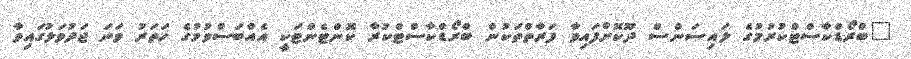
"ބްރޯޑްކާސްޓްކުރުމުގެ ލައިސަންސް ދޫކޮށްފައިވާ ފަރާތްތަކުން ބްރޯޑްކާސްޓްކުރާ ކޮންޓެންޓަކީ އެއްބަސްވުމުގެ ހަތަރު ވަނަ ޖަދުވަލުގައިވާ